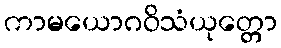
ကာမယောဂဝိသံယုတ္တော